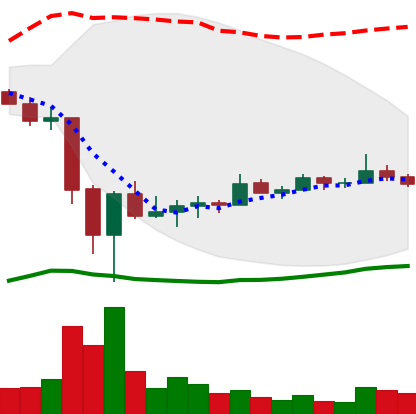
Ticker: TRX-USD
Chart end date: 2022-06-29
Forward return: 3.714%
Label: up_3_5